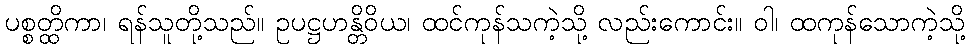
ပစ္စတ္ထိကာ၊ ရန်သူတို့သည်။ ဥပဋ္ဌဟန္တိဝိယ၊ ထင်ကုန်သကဲ့သို့ လည်းကောင်း။ ဝါ၊ ထကုန်သောကဲ့သို့